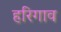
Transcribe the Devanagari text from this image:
हरिगाव